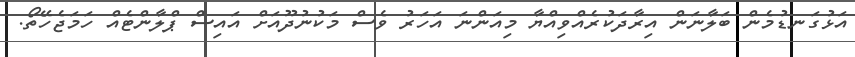
އަޅުގަނޑުމެން ބަލާނަން އިރާދަކުރެއްވިއްޔާ މިއަންނަ އަހަރު ވެސް މަކުނުދޫއަށް އައިސް ޕްލާންޓެއް ހަމަޖެހޭތޯ.